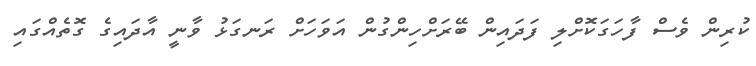
ކުރިން ވެސް ފާހަގަކޮށްލި ފަދައިން ބޭރަށްހިންގުން އަވަހަށް ރަނގަޅު ވާނީ އާދައިގެ ގޮތެއްގައި